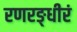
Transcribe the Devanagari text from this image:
रणरङ्धीरं